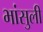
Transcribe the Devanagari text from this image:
भांसुली